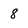
Character: 8